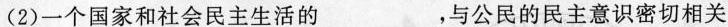
(2)一个国家和社会民主生活的_，与公民的民主意识密切相关。